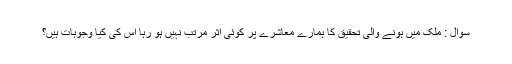
سوال : ملک میں ہونے والی تحقیق کا ہمارے معاشرے پر کوئی اثر مرتب نہیں ہو رہا اس کی کیا وجوہات ہیں؟